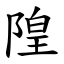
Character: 隍